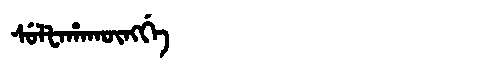
Manchu: ᠰᡠᠯᡶᠠᡥᠠᡴᡡᠩᡤᡝ
Romanization: SULFAHAKŪNGGE